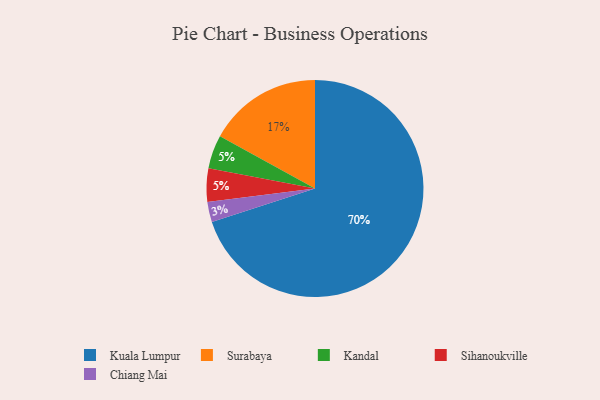
{"axis": {"x": "Category", "y": "Percentage"}, "legend": ["Chiang Mai", "Kandal", "Kuala Lumpur", "Sihanoukville", "Surabaya"], "data": [{"x": "Kuala Lumpur", "y": 70, "type": "Kuala Lumpur"}, {"x": "Surabaya", "y": 17, "type": "Surabaya"}, {"x": "Kandal", "y": 5, "type": "Kandal"}, {"x": "Sihanoukville", "y": 5, "type": "Sihanoukville"}, {"x": "Chiang Mai", "y": 3, "type": "Chiang Mai"}]}